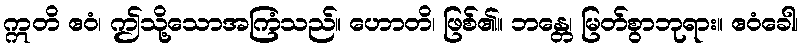
ဣတိ ဧဝံ၊ ဤသို့သောအကြံသည်။ ဟောတိ၊ ဖြစ်၏။ ဘန္တေ၊ မြတ်စွာဘုရား။ ဧဝံခေါ၊